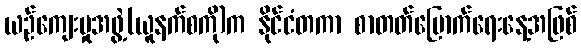
ယဉ်ကျေးမှုအဖွဲ့(ယူနက်စကို)က နိုင်ငံတကာ စာတတ်မြောက်ရေးနေ့အဖြစ်